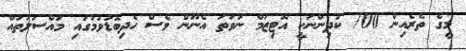
މީގެ ތެރެއިން 700 ކުދިންނަކީ އޮޓިޒަމް ނުވަތަ އެނޫން ވެސް ހެދިބޮޑުވުމުގައި މައްސަލަތައް